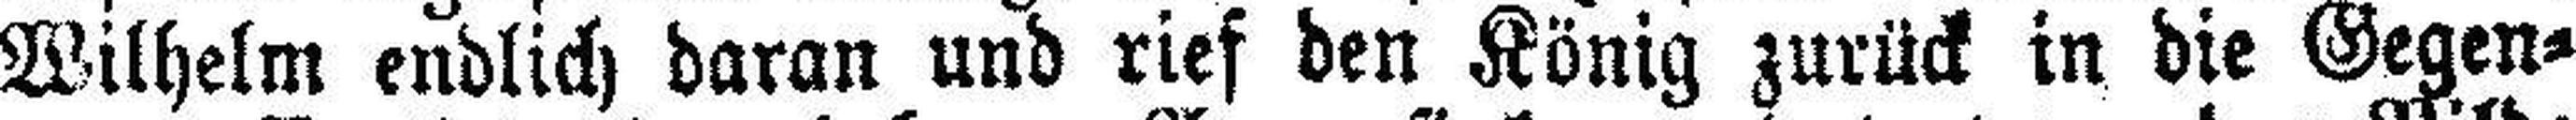
Wilhelm endlich daran und rief den König zurück in die Gegen¬